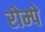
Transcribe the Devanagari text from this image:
रोम्पे